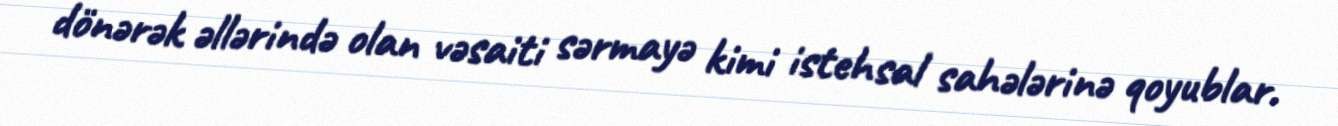
dönərək əllərində olan vəsaiti sərmayə kimi istehsal sahələrinə qoyublar.